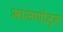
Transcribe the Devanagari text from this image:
भाजणीतून